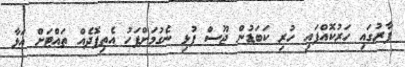
ފާރުގައި ހަރުކޮއްފައި ހުރި ކަބަޑުން ޖޫސް ފުޅި ނެގުމަށްފަހު އެތިފޮދެއް ތައްޓަށް އަޅާ